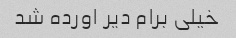
خیلی برام دیر اورده شد